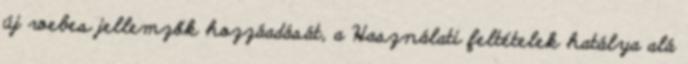
új webes jellemzők hozzáadását, a Használati feltételek hatálya alá